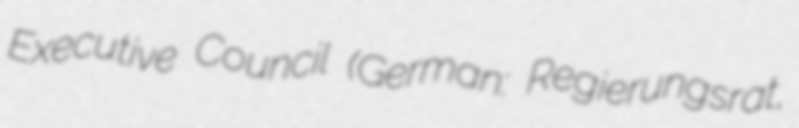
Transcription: Executive Council (German: Regierungsrat,